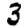
Digit: 3